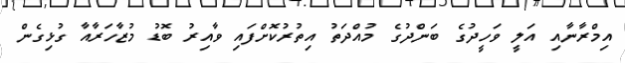
އިމްރާނާއި އަލީ ވަހީދުގެ ބަންދުގެ މުއްދަތު އިތުރުކޮށްފައި ވާއިރުު ބޮޑު މުޒާހަރާއާ ގުޅިގެން